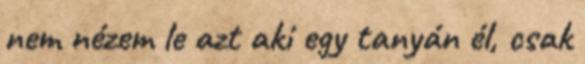
nem nézem le azt aki egy tanyán él, csak